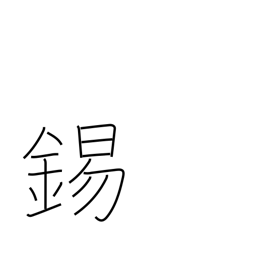
Meaning: copper